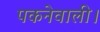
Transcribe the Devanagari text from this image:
पकनेवाली।